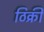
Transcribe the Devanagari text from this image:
ठिक्री